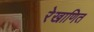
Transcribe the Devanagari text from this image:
रेखाणित